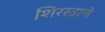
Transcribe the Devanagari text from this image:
शिरस्त्राणे